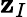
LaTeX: \mathbf{z}_{I}